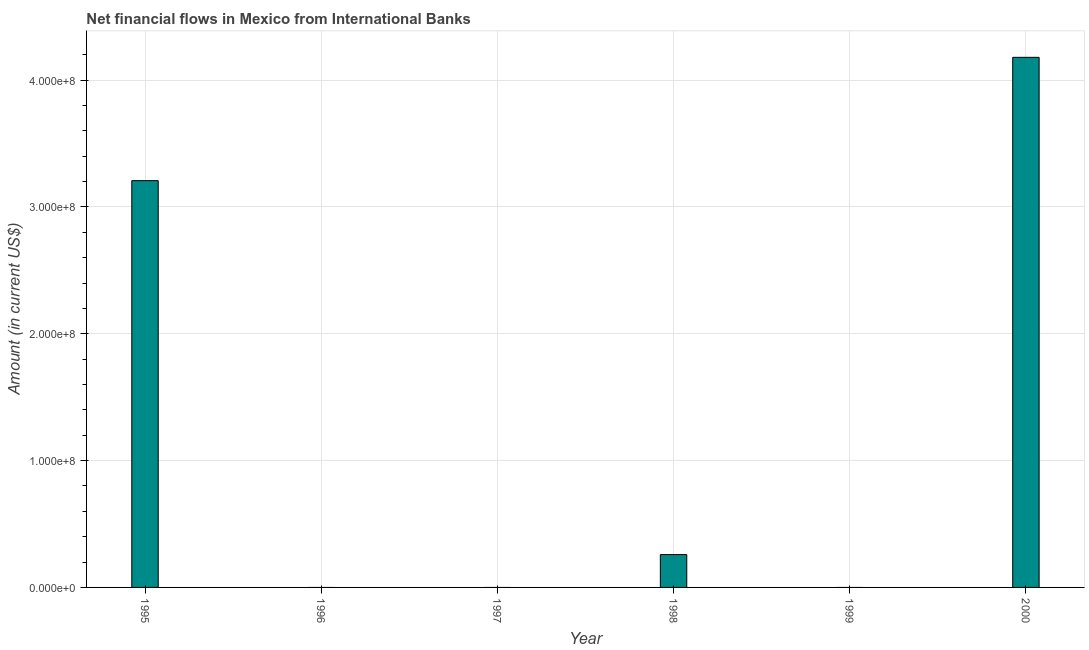
| Year | Net financial flows from IBRD |
 | --- | --- |
 | 1995 | 3.21e+08 |
 | 1996 | -3.59e+08 |
 | 1997 | -3.16e+08 |
 | 1998 | 2.59e+07 |
 | 1999 | -4.84e+08 |
 | 2000 | 4.18e+08 |